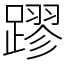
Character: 蹘